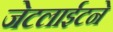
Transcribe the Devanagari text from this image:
जेटलाईटने